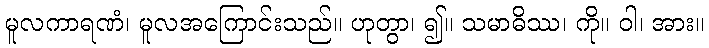
မူလကာရဏံ၊ မူလအကြောင်းသည်။ ဟုတွာ၊ ၍။ သမာဓိဿ၊ ကို။ ဝါ၊ အား။